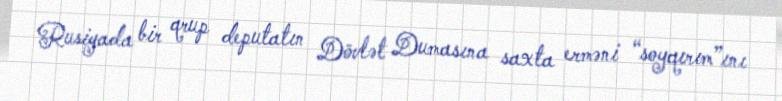
Rusiyada bir qrup deputatın Dövlət Dumasına saxta erməni “soyqırım”ını